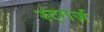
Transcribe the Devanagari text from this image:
रट्गर्ज़